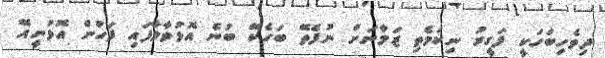
ދިވެހިބަހަކީ ފަގީރު ނިކަމެތި ޒަމާނަށް ނުފެތޭ ބަހެކޭ ބުނެ އޮޅުވާލާފައި ފަހުން އޮޅުނީއޭ